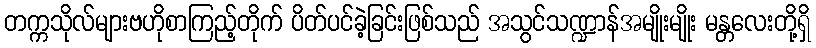
တက္ကသိုလ်များဗဟိုစာကြည့်တိုက် ပိတ်ပင်ခဲ့ခြင်းဖြစ်သည် အသွင်သဏ္ဍာန်အမျိုးမျိုး မန္တလေးတို့ရှိ